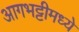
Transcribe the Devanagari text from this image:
आगभट्टीमध्ये